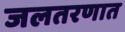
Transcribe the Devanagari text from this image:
जलतरणात